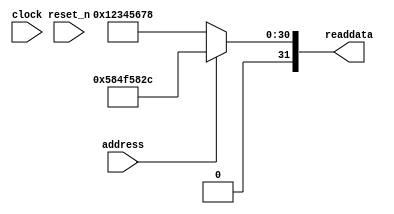
module wasca_sysid_qsys_0 (
               // inputs:
                address,
                clock,
                reset_n,

               // outputs:
                readdata
             )
;

  output  [ 31: 0] readdata;
  input            address;
  input            clock;
  input            reset_n;

  wire    [ 31: 0] readdata;
  //control_slave, which is an e_avalon_slave
  assign readdata = address ? 1481594924 : 305419896;

endmodule